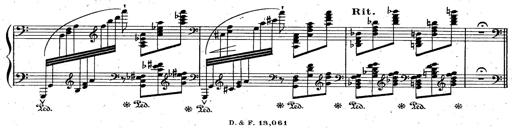
Title: God Save the Queen
Composer: Charles LÃ©on Hess
Key: A major